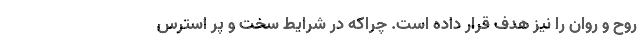
روح و روان را نیز هدف قرار داده است. چراکه در شرایط سخت و پر استرس